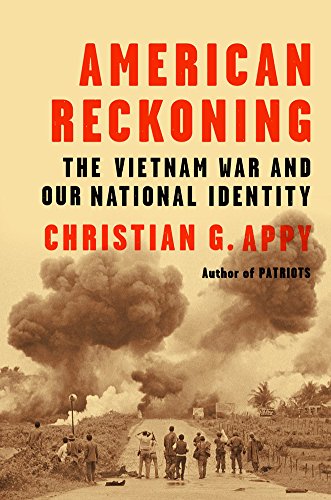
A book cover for American Reckoning: The Vietnam War and Our National Identity; Christian G. Appy; History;